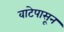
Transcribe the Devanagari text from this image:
वाटेपासून